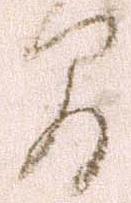
間